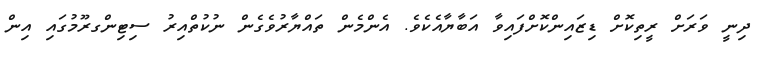
ދިނީ ވަރަށް ރީތިކޮށް ޑިޒައިންކޮށްފައިވާ އަބާޔާއެކެވެ. އެންމެން ތައްޔާރުވެގެން ނުކުތްއިރު ސިޓިންގރޫމުގައި އިން